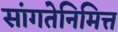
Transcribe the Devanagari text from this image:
सांगतेनिमित्त